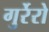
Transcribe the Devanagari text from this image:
गुर्रेरो